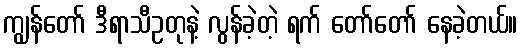
ကျွန်တော် ဒီရာသီဥတုနဲ့ လွန်ခဲ့တဲ့ ရက် တော်တော် နေခဲ့တယ်။